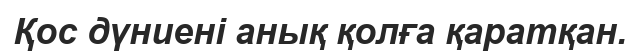
Қос дүниені анық қолға қаратқан.